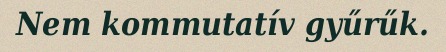
Nem kommutatív gyűrűk.